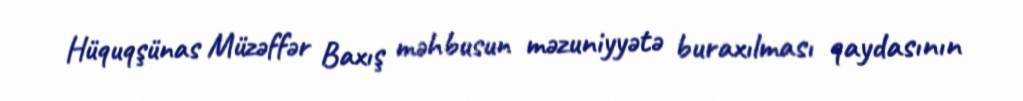
Hüquqşünas Müzəffər Baxış məhbusun məzuniyyətə buraxılması qaydasının